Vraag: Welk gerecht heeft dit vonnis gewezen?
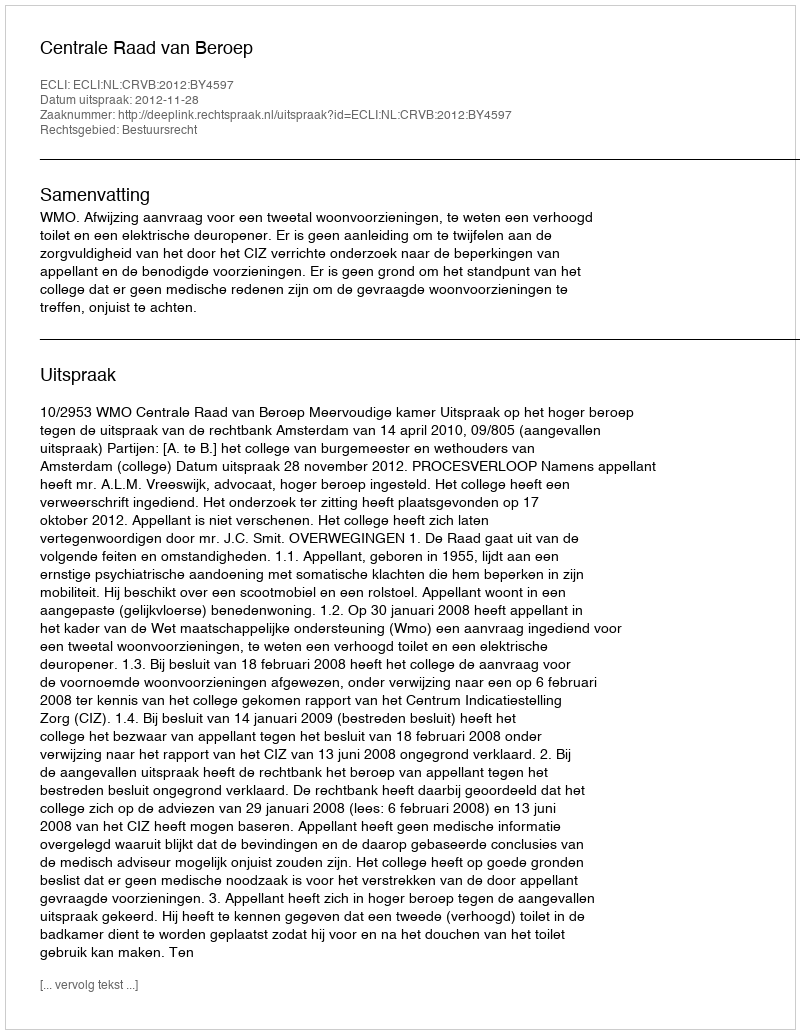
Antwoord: Centrale Raad van Beroep